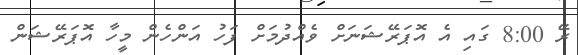
ރޭ 8:00 ގައި އެ އޮޕަރޭޝަނަށް ވެއްދުމަށް ފަހު އަންހެން މީހާ އޮޕަރޭޝަން